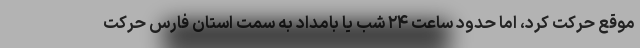
موقع حرکت کرد، اما حدود ساعت ۲۴ شب یا بامداد به سمت استان فارس حرکت